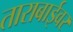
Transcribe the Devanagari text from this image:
ताराबाईवर